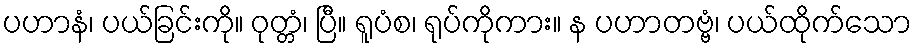
ပဟာနံ၊ ပယ်ခြင်းကို။ ဝုတ္တံ၊ ပြီ။ ရူပံစ၊ ရုပ်ကိုကား။ န ပဟာတဗ္ဗံ၊ ပယ်ထိုက်သော